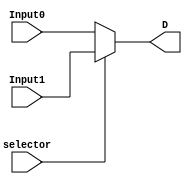
`timescale 1ns / 1ps
//////////////////////////////////////////////////////////////////////////////////
// Company: Pennsylvania State University
// 
// Design Name: 
// Module Name: emux2x1
// Project Name: 
// Target Devices: 
// Tool Versions: 
// Description: 
// 
// Dependencies: 
// 
// Revision:
// Revision 0.01 - File Created
// Additional Comments:
// 
//////////////////////////////////////////////////////////////////////////////////


module emux2x1(Input1, Input0, selector, D);
   
    input [31:0] Input1, Input0;
    input selector;
    output reg [31:0] D;

    always @(Input1, Input0, selector)
    begin
      if (selector==1) 
      begin
         D <= Input1;
      end
      else 
      begin
         D <= Input0;
      end
    end
endmodule